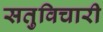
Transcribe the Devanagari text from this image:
सतुविचारी